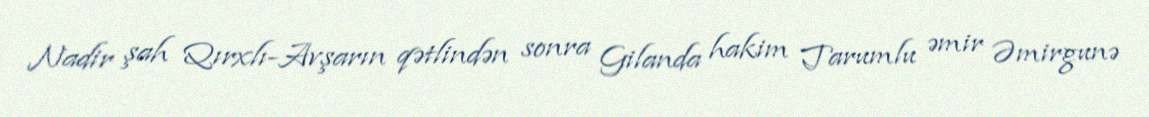
Nadir şah Qırxlı-Avşarın qətlindən sonra Gilanda hakim Tarumlu əmir Əmirgunə